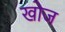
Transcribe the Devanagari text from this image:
खाेज